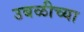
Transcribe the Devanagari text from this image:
उबळीच्या